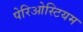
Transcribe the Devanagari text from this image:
पेरिओस्टियम